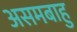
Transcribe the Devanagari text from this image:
असमबाहु